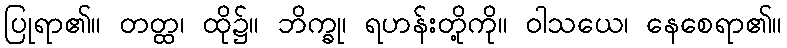
ပြုရာ၏။ တတ္ထ၊ ထို၌။ ဘိက္ခု၊ ရဟန်းတို့ကို။ ဝါသယေ၊ နေစေရာ၏။